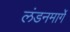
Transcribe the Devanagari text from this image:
लंडनमार्गे